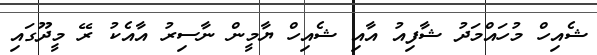
ޝެއިހް މުހައްމަދު ޝާފިއު އާއި ޝެއިހް ޔާމީން ނާސިރު އާއެކު ރޭ މީދޫގައި